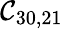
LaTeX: \mathcal{C}_{30,21}